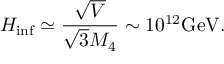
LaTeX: H _ { \mathrm { i n f } } \simeq \frac { \sqrt { V } } { \sqrt { 3 } M _ { 4 } } \sim 1 0 ^ { 1 2 } \mathrm { G e V } .